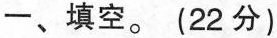
一、填空。（22分）